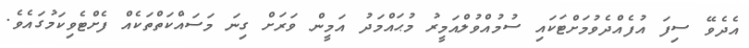
އެދެވޭ ސިފަ އުފެއްދެވުމަށްޓަކައި ސުމުއްވުލްއަމީރު މުޙައްމަދު އަމީން ވަރަށް ގިނަ މަސައްކަތްތަކެއް ފެށްޓެވިކަމުގައެވެ.